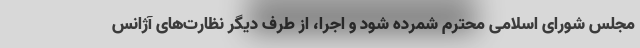
مجلس شورای اسلامی محترم شمرده شود و اجرا، از طرف دیگر نظارت‌های آژانس